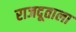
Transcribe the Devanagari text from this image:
राजदूताला